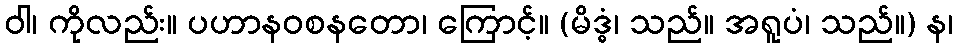
ဝါ၊ ကိုလည်း။ ပဟာနဝစနတော၊ ကြောင့်။ (မိဒ္ဓံ၊ သည်။ အရူပံ၊ သည်။) န၊